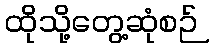
ထိုသို့တွေ့ဆုံစဉ်